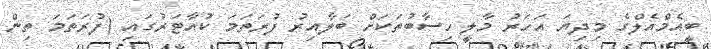
ބީއެމްއެލްގެ މިދިޔަ އަހަރު މާލީ ހިސާބުތަކަށް ބަލާއިރު ފުރަތަމަ ކުއާޓަރުގައި (ފުރަތަމަ ތިން